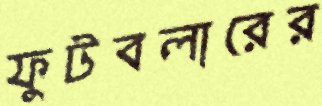
ফুটবলারের